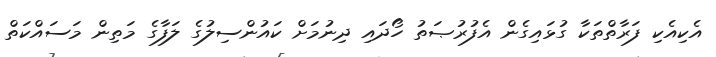
އެކިއެކި ފަރާތްތަކާ ގުޅައިގެން އެފުރުޞަތު ހޯދައި ދިނުމަށް ކައުންސިލުގެ ލަފާގެ މަތިން މަސައްކަތް